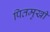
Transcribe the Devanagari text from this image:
पितमुखी